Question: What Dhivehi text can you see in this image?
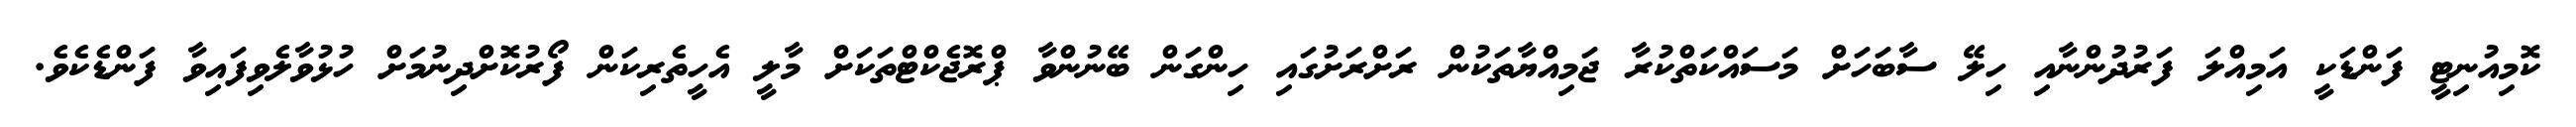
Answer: ކޮމިއުނިޓީ ފަންޑަކީ އަމިއްލަ ފަރުދުންނާއި ހިލޭ ސާބަހަށް މަސައްކަތްކުރާ ޖަމިއްޔާތަކުން ރަށްރަށުގައި ހިންގަން ބޭނުންވާ ޕްރޮޖެކްޓްތަކަށް މާލީ އެހީތެރިކަން ފޯރުކޮށްދިނުމަށް ހުޅުވާލެވިފައިވާ ފަންޑެކެވެ.